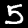
Digit: 5